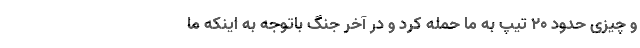
و چیزی حدود ۲۰ تیپ به ما حمله کرد و در آخر جنگ باتوجه به اینکه ما